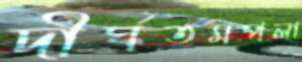
দীর্ঘতমপলা